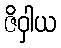
ဇိဝှါယ